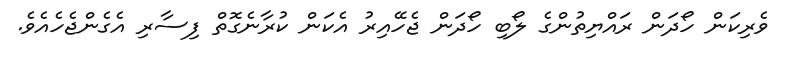
ވެރިކަން ހޯދަން ރައްޔިތުންގެ ލޯބި ހޯދަން ޖެހޭއިރު އެކަން ކުރާނެގޮތް ފިސާރި އެގެންޖެހެއެވެ.